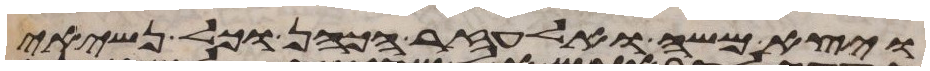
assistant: ויצא משה ואלעזר הכהן וכל נשיאי